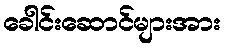
ခေါင်းဆောင်များအား